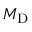
M _ { \mathrm { D } }